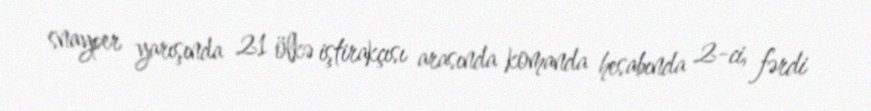
snayper yarışında 21 ölkə iştirakçısı arasında komanda hesabında 2-ci, fərdi